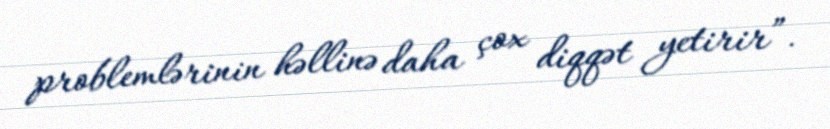
problemlərinin həllinə daha çox diqqət yetirir”.